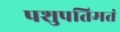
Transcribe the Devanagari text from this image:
पशुपतिमतं